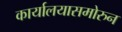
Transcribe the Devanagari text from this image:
कार्यालयासमोरुन